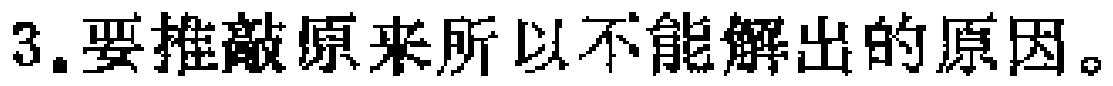
3.要推敲原来所以不能解出的原因。